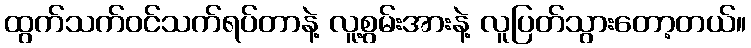
ထွက်သက်ဝင်သက်ရပ်တာနဲ့ လူ့စွမ်းအားနဲ့ လူပြတ်သွားတော့တယ်။